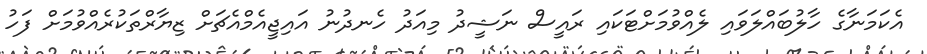
އެކަމަނާގެ ހާލުބައްލަވައި ލެއްވުމަށްޓަކައި ރައީސް ނަޝީދު މިއަދު ހެނދުނު އައިޖީއެމްއެޗަށް ޒިޔާރްތަކުރެއްވުމަށް ފަހު